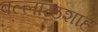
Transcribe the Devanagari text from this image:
बल्लाळशाह